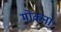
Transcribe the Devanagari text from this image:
मोकना